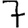
Digit: 7